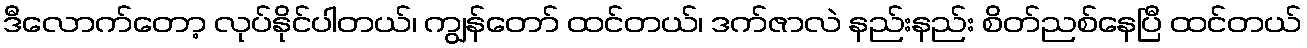
ဒီလောက်တော့ လုပ်နိုင်ပါတယ်၊ ကျွန်တော် ထင်တယ်၊ ဒက်ဇာလဲ နည်းနည်း စိတ်ညစ်နေပြီ ထင်တယ်